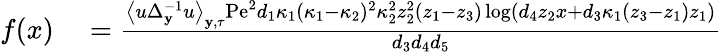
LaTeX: \begin{array}{rl}{f(x)}&{{}=\frac{\left\langle u\Delta_{\mathbf{y}}^{-1}u\right\rangle_{\mathbf{y},\tau}\mathrm{Pe}^{2}d_{1}\kappa_{1}\left(\kappa_{1}-\kappa_{2}\right){}^{2}\kappa_{2}^{2}z_{2}^{2}\left(z_{1}-z_{3}\right)\log\left(d_{4}z_{2}x+d_{3}\kappa_{1}\left(z_{3}-z_{1}\right)z_{1}\right)}{d_{3}d_{4}d_{5}}}\end{array}